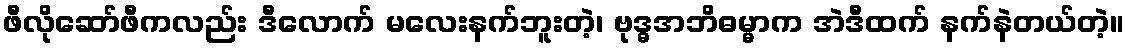
ဖီလိုဆော်ဖီကလည်း ဒီလောက် မလေးနက်ဘူးတဲ့၊ ဗုဒ္ဓအဘိဓမ္မာက အဲဒီထက် နက်နဲတယ်တဲ့။